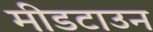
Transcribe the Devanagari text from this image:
मीडटाउन